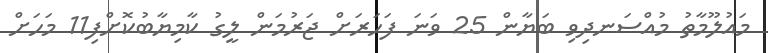
މައުލޫމާތު މުއްސަނދިވި ބަޔާން 25 ވަނަ ފަހަރަށް ޖަރުމަން ލީގު ކާމިޔާބުކޮށްފި11 މަހަށް